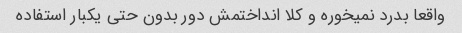
واقعا بدرد نمیخوره و کلا انداختمش دور بدون حتی یکبار استفاده